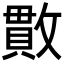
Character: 𫿖